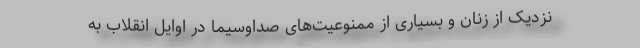
نزدیک از زنان و بسیاری از ممنوعیت‌های صداوسیما در اوایل انقلاب به